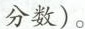
分数)。